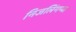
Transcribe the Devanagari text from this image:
निजलिंगप्पा